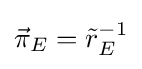
{\vec {\pi }}_{E}={{\tilde {r}}_{E}}^{-1}